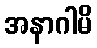
အနာဂါမိ